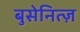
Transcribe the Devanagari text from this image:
बुसेनित्ज़